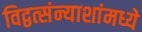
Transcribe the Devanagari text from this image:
विद्वत्संन्याशांमध्ये